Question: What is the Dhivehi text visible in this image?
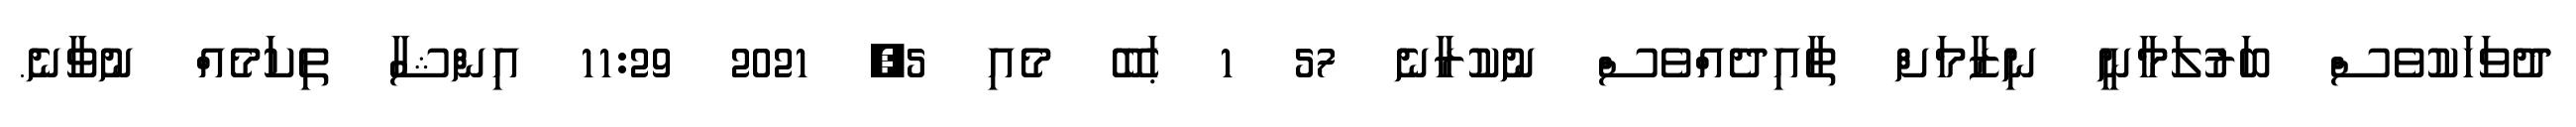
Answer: ދުވަހަކުވެސް ބަރުލަމާނީ ނިޒާމަށް ތާއިދެއްވެސް ނުކުރާނެ 57 1 ޙަބޭ މެއި 5, 2021 11:29 އިންޝާ ތިކަމެއް ނުވާނެ.